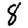
Digit: 8